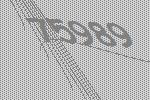
75989